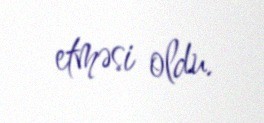
etməsi oldu.